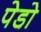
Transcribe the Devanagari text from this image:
पेडो़